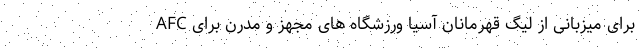
AFC برای میزبانی از لیگ قهرمانان آسیا ورزشگاه های مجهز و مدرن برای